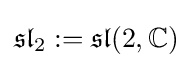
{\mathfrak {sl}}_{2}:={\mathfrak {sl}}(2,\mathbb {C} )